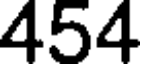
454